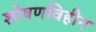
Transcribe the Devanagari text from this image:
शोषणविहीन